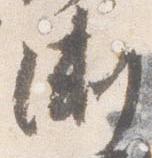
漸